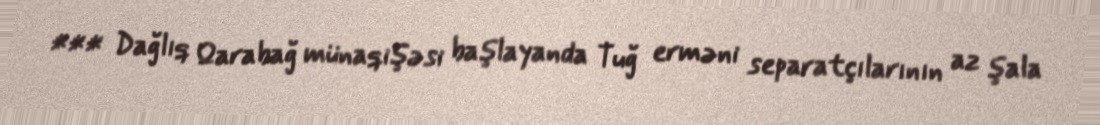
*** Dağlıq Qarabağ münaqişəsi başlayanda Tuğ erməni separatçılarının az şala